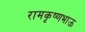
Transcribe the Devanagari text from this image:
रामकृष्णभाऊ